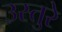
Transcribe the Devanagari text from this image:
उस्तुरे